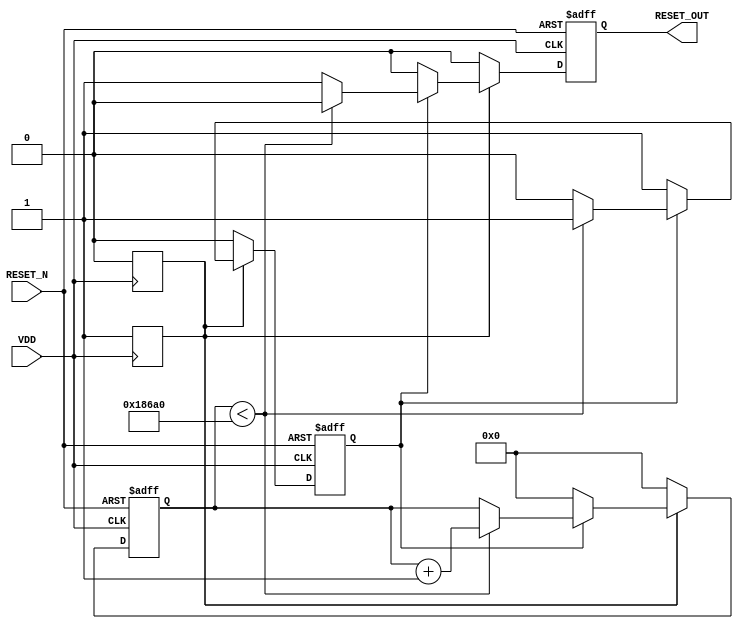
module PowerOnReset #(
    parameter RESET_DURATION = 100000 // Time duration for reset in ns
)(
    input wire VDD,                   // Power supply status
    input wire RESET_N,               // Active low reset input
    output reg RESET_OUT              // Reset output signal
);
    
    reg VDD_stable;                   // Signal to indicate stable VDD
    reg [31:0] timer;                 // Timer for reset duration
    reg timer_running;                // Indicates if timer is running

    // Detect stable VDD
    always @(posedge VDD) begin
        VDD_stable <= 1'b1;
    end

    always @(negedge VDD) begin
        VDD_stable <= 1'b0;
    end

    // Main process to generate RESET_OUT signal
    always @(posedge VDD or negedge RESET_N) begin
        if (~RESET_N) begin
            // If RESET_N is asserted, hold RESET_OUT low
            RESET_OUT <= 1'b0;
            timer <= 0;
            timer_running <= 1'b0;
        end else if (VDD_stable) begin
            if (!timer_running) begin
                // Start the reset timer only when power is stable
                RESET_OUT <= 1'b0; // Assert reset
                timer <= 0;
                timer_running <= 1'b1;
            end else if (timer < RESET_DURATION) begin
                // Keep RESET_OUT asserted during the timer duration
                RESET_OUT <= 1'b0; // Keep reset asserted
                timer <= timer + 1; // Increment timer
            end else begin
                // Timer expired, release the reset
                RESET_OUT <= 1'b1; // De-assert reset
                timer_running <= 1'b0; // Stop the timer
            end
        end else begin
            // If VDD is not stable, continue to assert reset
            RESET_OUT <= 1'b0; // Keep reset asserted
            timer <= 0;
            timer_running <= 1'b0;
        end
    end

endmodule